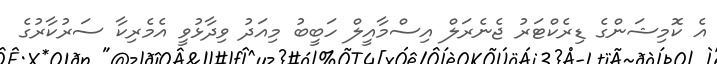
އެ ކޮމިޝަންގެ ޑިރެކްޓަރު ޖެނެރަލް އިސްމާއީލް ހަބީބު މިއަދު ވިދާޅުވީ އެމެރިކާ ސަރުކާރުގެ